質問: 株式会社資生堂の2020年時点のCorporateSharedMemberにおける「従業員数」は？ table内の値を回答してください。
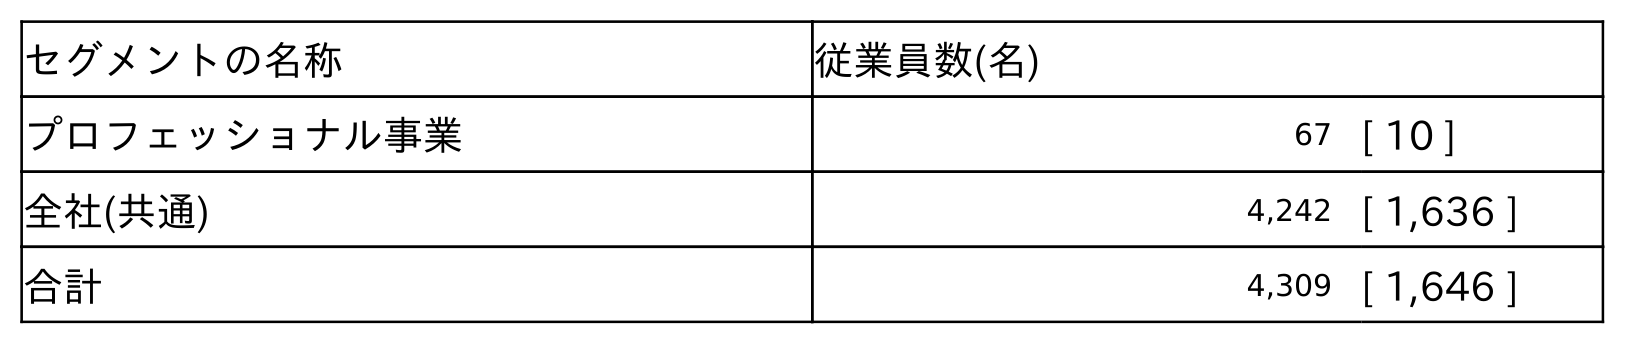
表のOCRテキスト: セグメントの名称 従業員数(名) プロフェッショナル事業 67 [ 10 ] 全社(共通) 4,242 [ 1,636 ] 合計 4,309 [ 1,646 ]
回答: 4,242